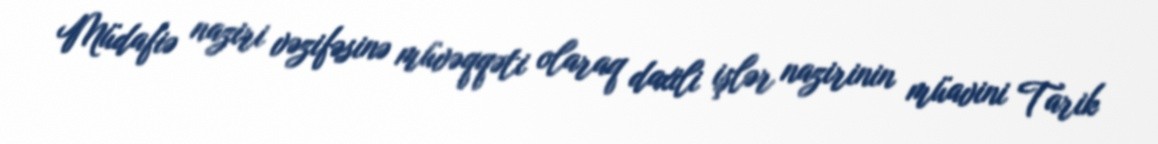
Müdafiə naziri vəzifəsinə müvəqqəti olaraq daxili işlər nazirinin müavini Tarik